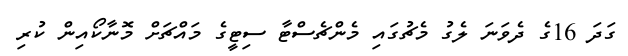
ގަދަ 16ގެ ދެވަނަ ލެގު މެޗުގައި މެންޗެސްޓާ ސިޓީގެ މައްޗަށް މޮނާކޯއިން ކުރި